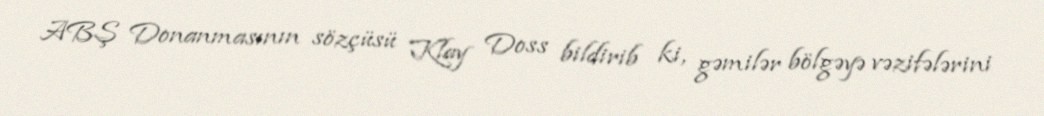
ABŞ Donanmasının sözçüsü Klay Doss bildirib ki, gəmilər bölgəyə vəzifələrini